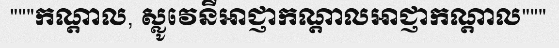
"""កណ្តាល, ស្លូវេនីអាជ្ញាកណ្តាលអាជ្ញាកណ្តាល"""